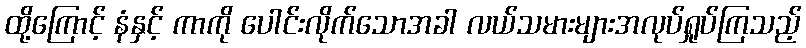
ထို့ကြောင့် နံနှင့် ကာကို ပေါင်းလိုက်သောအခါ လယ်သမားများအလုပ်ရှုပ်ကြသည့်